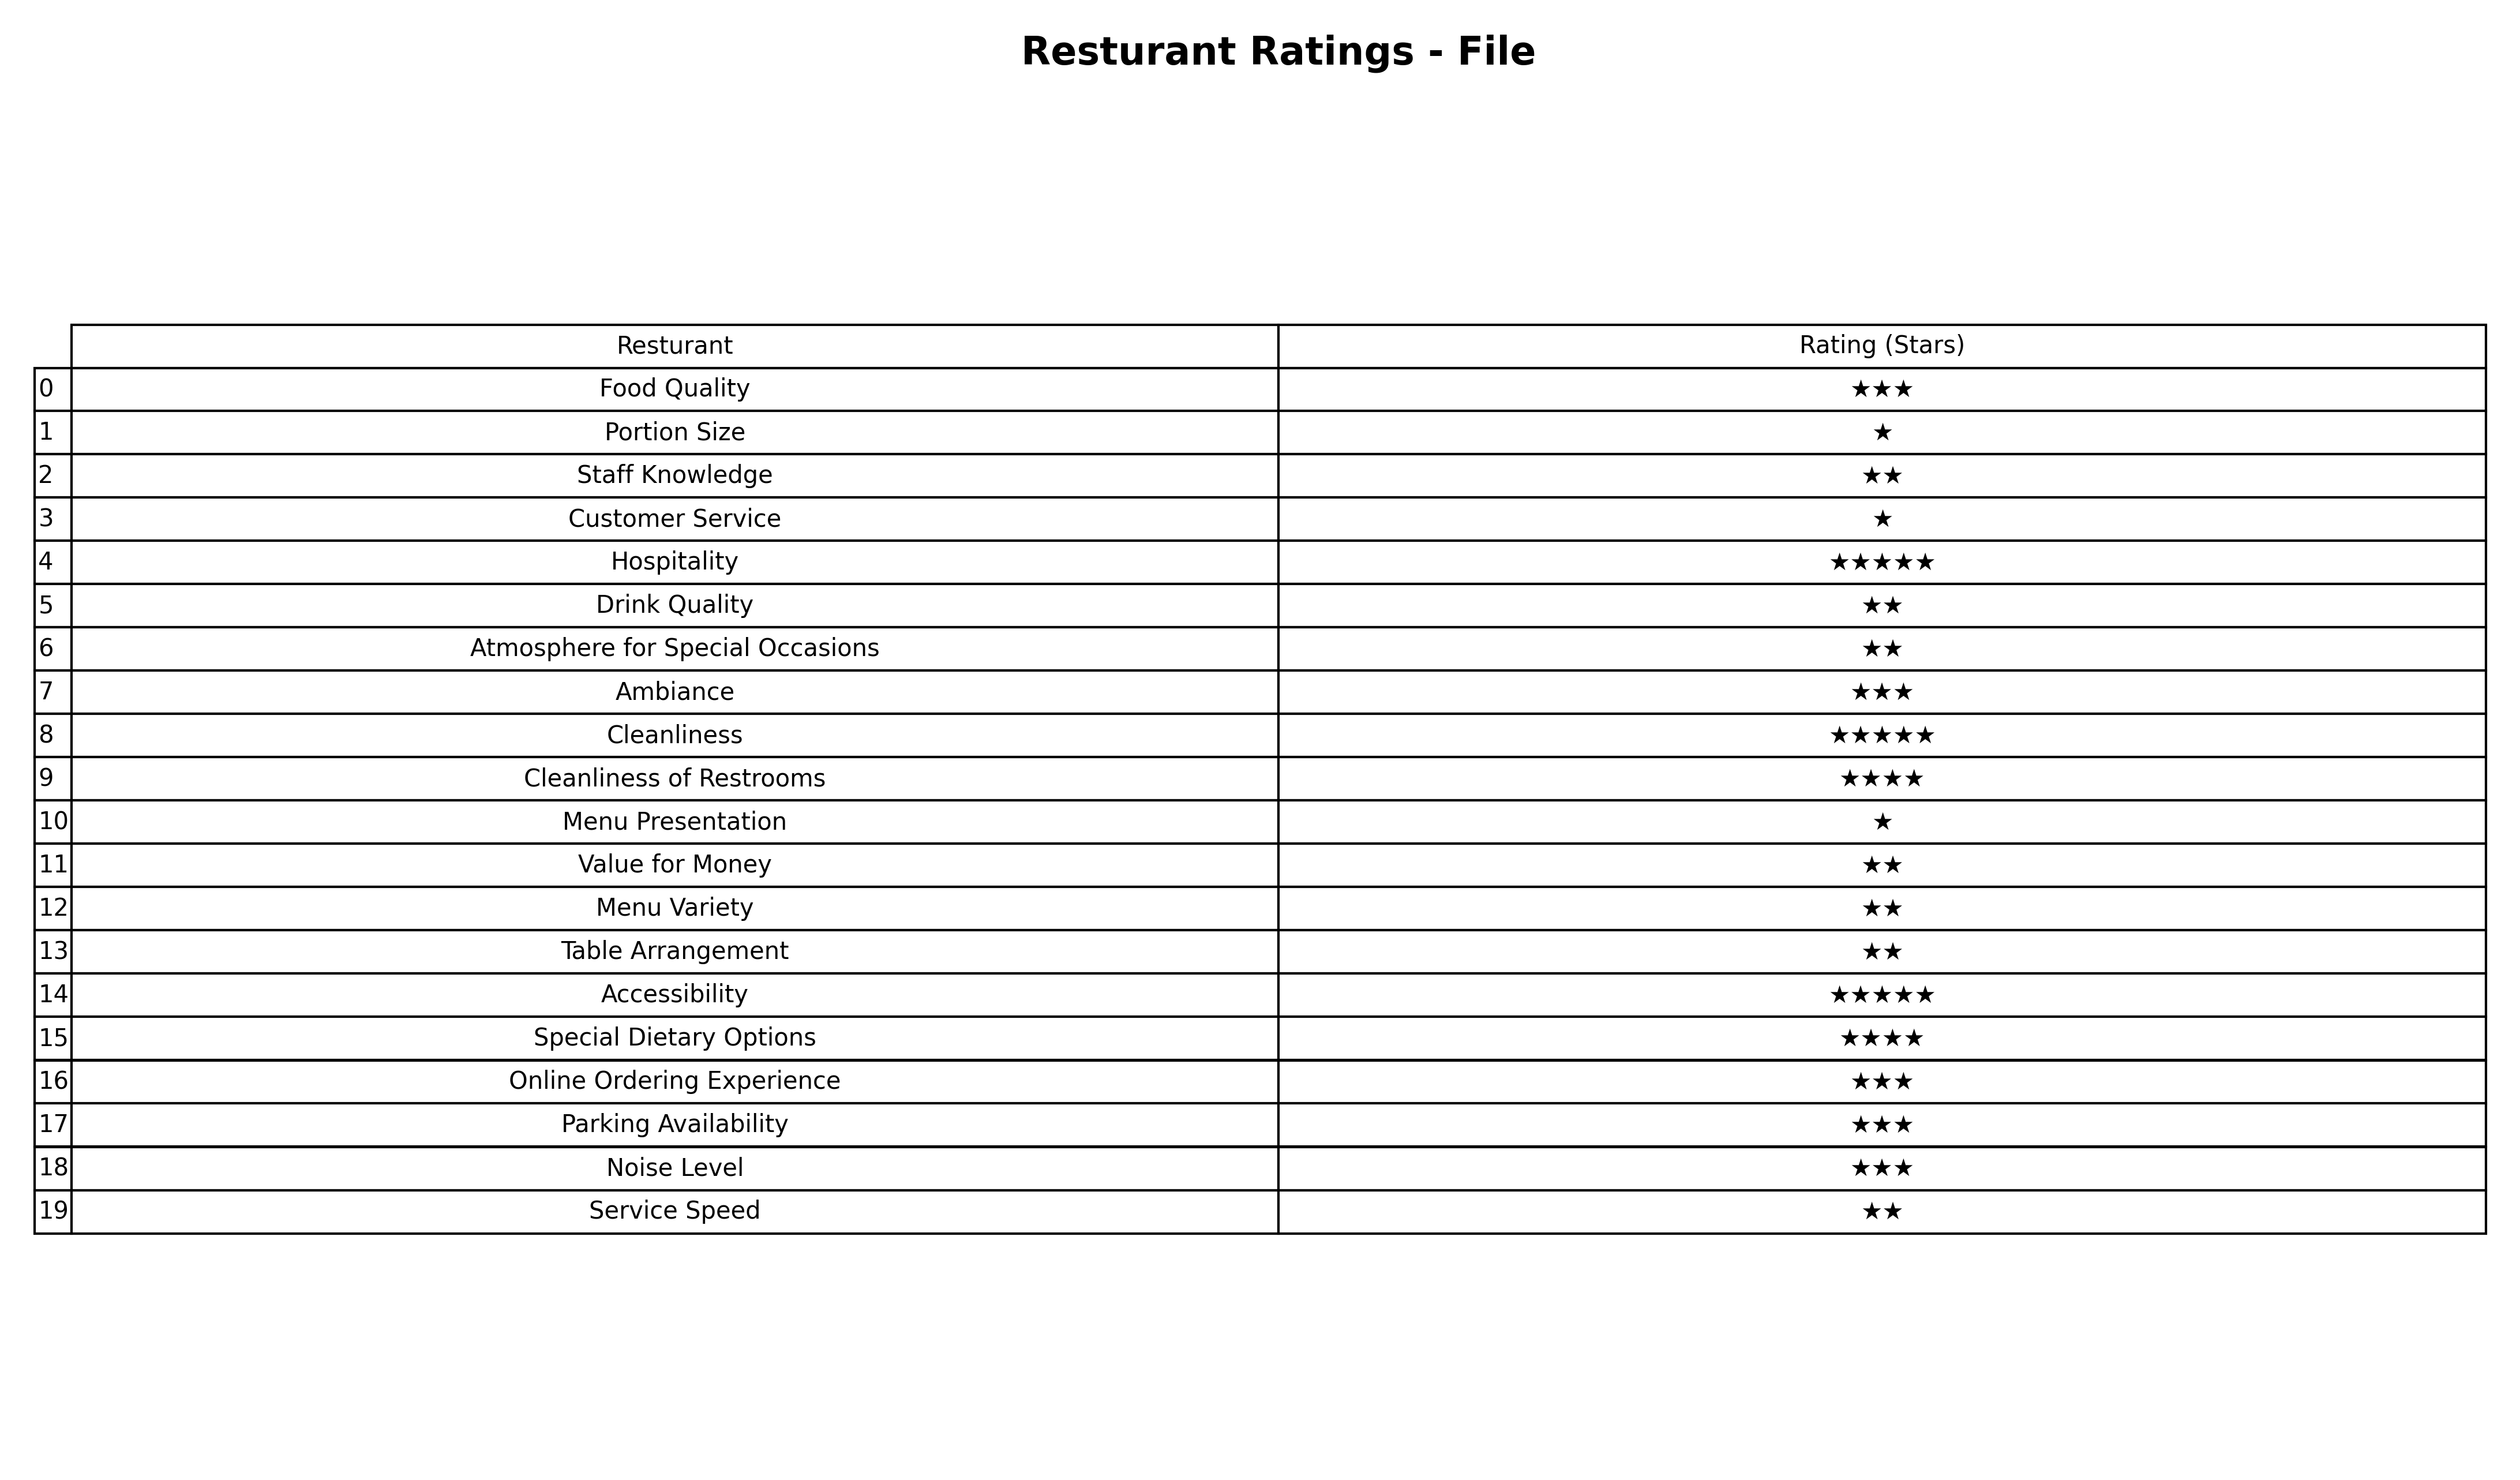
question: What is the rating of Ambiance?
answer: ★★★